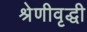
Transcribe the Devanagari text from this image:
श्रेणीवृद्धी